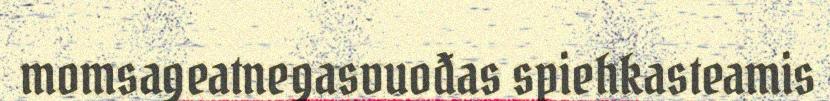
momsageatnegasvuođas spiehkasteamis